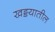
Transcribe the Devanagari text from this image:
खड्डयातील